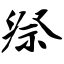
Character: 祭